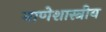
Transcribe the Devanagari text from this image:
नाणेशास्त्रीय